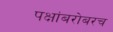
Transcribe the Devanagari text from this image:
पक्षांबरोबरच